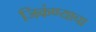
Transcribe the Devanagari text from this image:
जिकंण्याचा